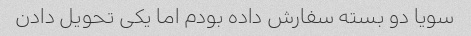
سویا دو بسته سفارش داده بودم اما یکی تحویل دادن